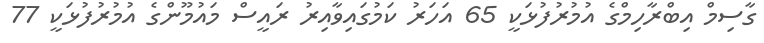
ގާސިމް އިބްރާހިމްގެ އުމުރުފުޅަކީ 65 އަހަރު ކަމުގައިވާއިރު ރައީސް މައުމޫންގެ އުމުރުފުޅަކީ 77